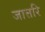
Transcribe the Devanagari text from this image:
जात्तरि